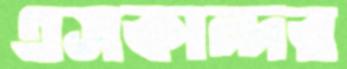
এসকান্দর